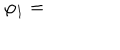
LaTeX: \varphi _ { 1 } =